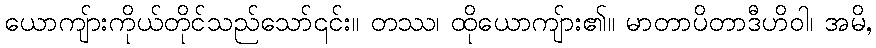
ယောကျ်ားကိုယ်တိုင်သည်သော်၎င်း။ တဿ၊ ထိုယောကျ်ား၏။ မာတာပိတာဒီဟိဝါ၊ အမိ,